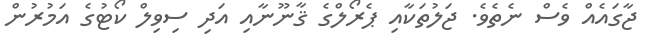
ޖާގައެއް ވެސް ނެތެވެ. ޖަލުތަކާއި ޕެރޯލްގެ ޤާނޫނާއި އަދި ސިވިލް ކޯޓުގެ އަމުރުން